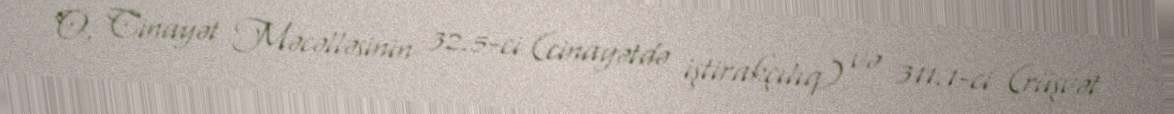
O, Cinayət Məcəlləsinin 32.5-ci (cinayətdə iştirakçılıq) və 311.1-ci (rüşvət